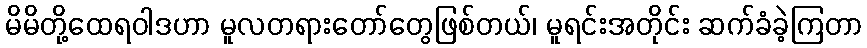
မိမိတို့ထေရဝါဒဟာ မူလတရားတော်တွေဖြစ်တယ်၊ မူရင်းအတိုင်း ဆက်ခံခဲ့ကြတာ